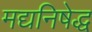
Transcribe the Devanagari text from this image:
मद्यनिषेद्ध